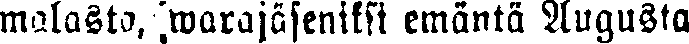
malasta, warajäseniksi emäntä Augusta